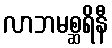
လာဘမစ္ဆရိနီ